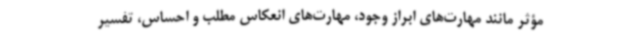
مؤثر مانند مهارت‌های ابراز وجود، مهارت‌های انعکاس مطلب و احساس، تفسیر